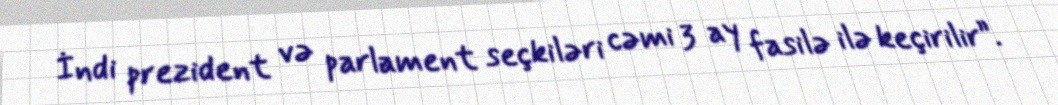
İndi prezident və parlament seçkiləri cəmi 3 ay fasilə ilə keçirilir”.